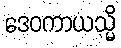
ဒေဝကာယသ္မိ